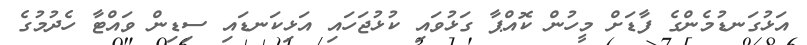
އަޅުގަނޑުމެންގެ ފާޑަށް މީހުން ކޮއްޕާ ގަޅުވައި ކުޅުޖަހައި އަޅިކަނޑައި ސިޑިން ވައްޓާ ހެދުމުގެ